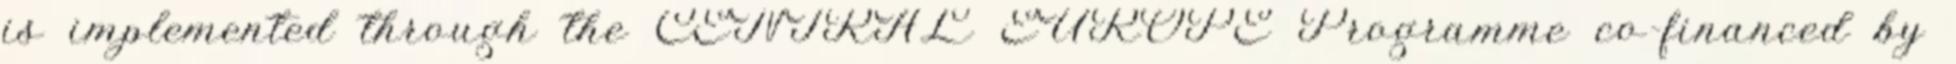
is implemented through the CENTRAL EUROPE Programme co-financed by